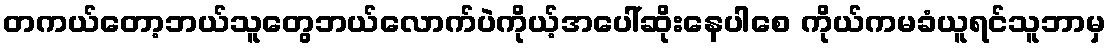
တကယ်တော့ဘယ်သူတွေဘယ်လောက်ပဲကိုယ့်အပေါ်ဆိုးနေပါစေ ကိုယ်ကမခံယူရင်သူဘာမှ